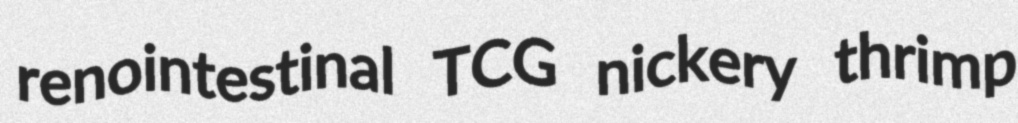
renointestinal TCG nickery thrimp